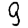
Digit: 9